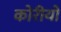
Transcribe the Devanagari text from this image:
कोरीयो